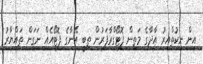
އިން ނިކުތްއިރު އާދާގެ މަތިން ފޮޓޯގްރާފަރުން ތިބީ އޭނާގެ ފޮޓޯއެއް ނަގަން ތައްޔާރު